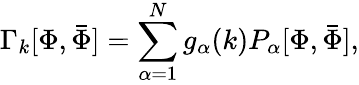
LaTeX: \Gamma_{k}[\Phi,{\bar{\Phi}}]=\sum_{\alpha=1}^{N}g_{\alpha}(k)P_{\alpha}[\Phi,{\bar{\Phi}}],